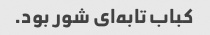
کباب تابه‌ای شور بود.